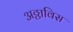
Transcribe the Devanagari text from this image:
अठ्ठाविस